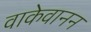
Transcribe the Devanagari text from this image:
वाकेवानन